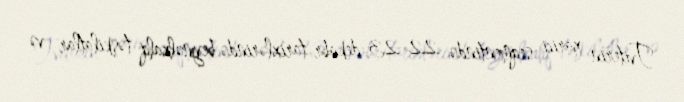
Tviterin xarici seqmentində 22-23 dekabr tarixlərində beynəlxalq təşkilatlar və